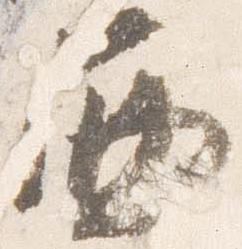
西